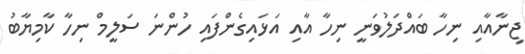
ޖިނާއާއި ނިހާ ބައްދަލުވަނީ ނިހާ އާއި އަޅައިގެންފައި ހުންނަ ސަލީމް ނިހާ ކާމިޔާބު